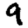
Digit: 9